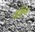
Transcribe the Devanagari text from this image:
ऑह्न